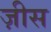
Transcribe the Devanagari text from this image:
ज़ीस